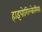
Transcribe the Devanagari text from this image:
हाइपोगिल्केमिया